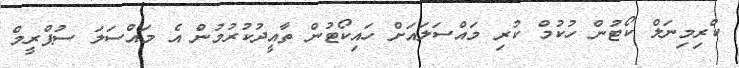
ކްރިމިނަލް ކޯޓުން ހުކުމް ކުރި މައްސަލައަށް ހައިކޯޓުން ތާއީދުކުރުމުން އެ މައްސަލަ ސުޕްރީމް